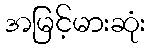
အမြင့်မားဆုံး